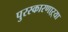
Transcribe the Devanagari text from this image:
पुरस्कारणाऱ्या